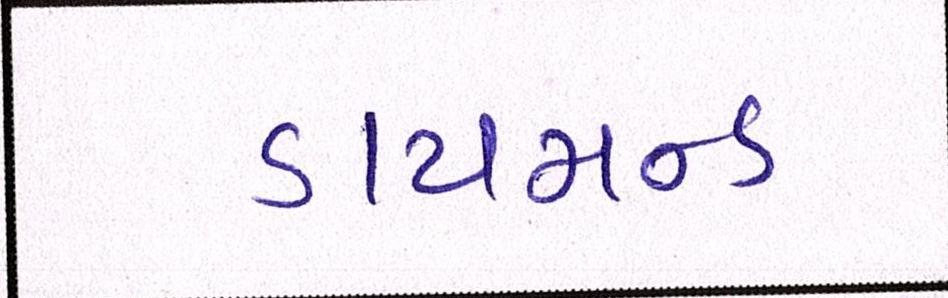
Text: ડાયમન્ડ